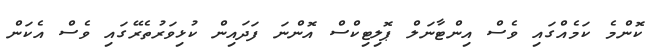
ކޮންމެ ކަމެއްގައި ވެސް އިންޓާނަލް ޕޮލިޓިކްސް އޮންނަ ފަދައިން ކުޅިވަރުތެރޭގައި ވެސް އެކަން